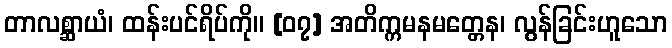
တာလစ္ဆာယံ၊ ထန်းပင်ရိပ်ကို။ [၀၇] အတိက္ကမနမတ္တေန၊ လွန်ခြင်းဟူသော